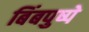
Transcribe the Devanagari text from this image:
बिंबपुष्पे